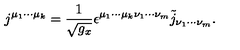
j ^ { \mu _ { 1 } \cdot \cdot \cdot \mu _ { k } } = \frac 1 { \sqrt { g _ { x } } } \epsilon ^ { \mu _ { 1 } \cdot \cdot \cdot \mu _ { k } \nu _ { 1 } \cdot \cdot \cdot \nu _ { m } } \tilde { j } _ { \nu _ { 1 } \cdot \cdot \cdot \nu _ { m } } .